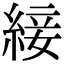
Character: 𦁉